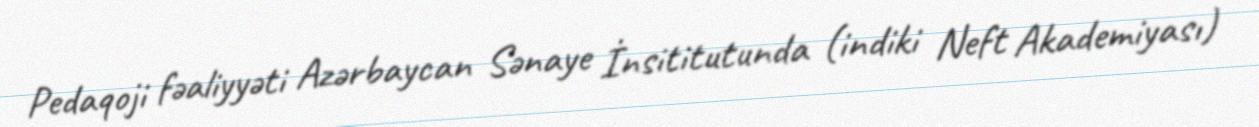
Pedaqoji fəaliyyəti Azərbaycan Sənaye İnsititutunda (indiki Neft Akademiyası)